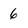
Character: 6